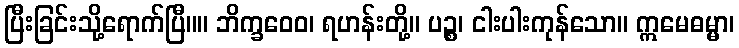
ပြီးခြင်းသို့ရောက်ပြီ။။ ဘိက္ခဝေဝ၊ ရဟန်းတို့။ ပဉ္စ၊ ငါးပါးကုန်သော။ ဣမေဓမ္မာ၊